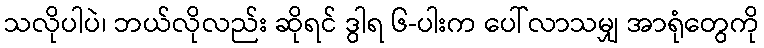
သလိုပါပဲ၊ ဘယ်လိုလည်း ဆိုရင် ဒွါရ ၆-ပါးက ပေါ်လာသမျှ အာရုံတွေကို